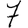
Digit: 7